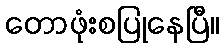
တောဖုံးစပြုနေပြီ။